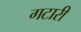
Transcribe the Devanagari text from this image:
गटारी